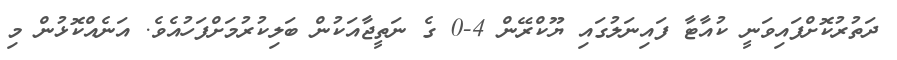
ދަތުރުކޮށްފައިވަނީ ކުއާޓާ ފައިނަލުގައި ޔޫކްރޭން 4-0 ގެ ނަތީޖާއަކުން ބަލިކުރުމަށްފަހުއެވެ. އަނެއްކޮޅުން މި